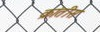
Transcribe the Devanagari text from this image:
क्रांतीस